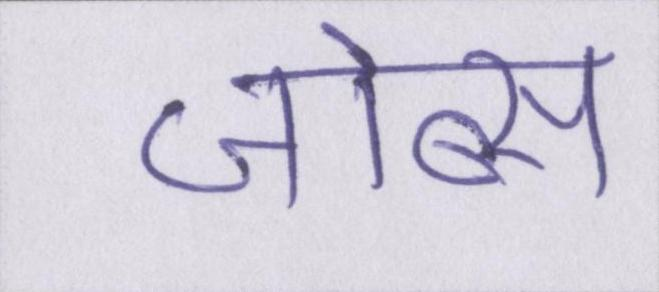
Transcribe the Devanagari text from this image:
जोब्स